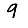
Digit: 9